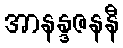
အာနန္ဒဇနနီ